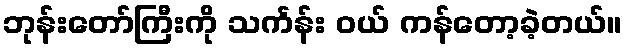
ဘုန်းတော်ကြီးကို သင်္ကန်း ဝယ် ကန်တော့ခဲ့တယ်။